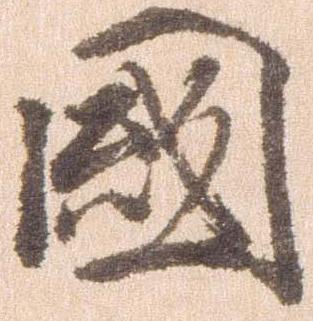
国